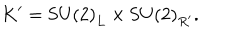
K ^ { \prime } = \mathrm { S U ( 2 ) } _ { L } \times \mathrm { S U ( 2 ) } _ { R ^ { \prime } } .